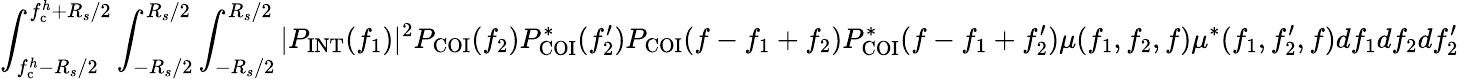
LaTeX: \int_{f_{\mathrm{c}}^{h}-R_{s}/2}^{f_{\mathrm{c}}^{h}+R_{s}/2}\int_{-R_{s}/2}^{R_{s}/2}\int_{-R_{s}/2}^{R_{s}/2}|P_{\mathrm{INT}}(f_{1})|^{2}P_{\mathrm{COI}}(f_{2})P_{\mathrm{COI}}^{\ast}(f_{2}^{\prime})P_{\mathrm{COI}}(f-f_{1}+f_{2})P_{\mathrm{COI}}^{\ast}(f-f_{1}+f_{2}^{\prime})\mu(f_{1},f_{2},f)\mu^{\ast}(f_{1},f_{2}^{\prime},f)df_{1}df_{2}df_{2}^{\prime}